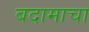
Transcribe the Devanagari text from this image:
बदामाचा